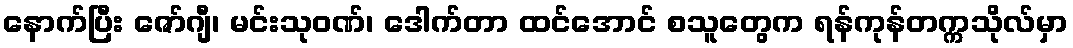
နောက်ပြီး ဇော်ဂျီ၊ မင်းသုဝဏ်၊ ဒေါက်တာ ထင်အောင် စသူတွေက ရန်ကုန်တက္ကသိုလ်မှာ